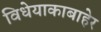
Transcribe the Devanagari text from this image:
विधेयाकाबाहेर